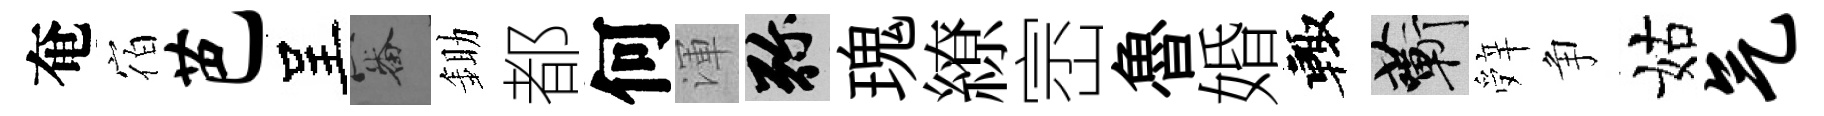
奄宿芭呈審鋤都何渾弥瑰繚崈魯婚輙蔪辤争姑气